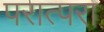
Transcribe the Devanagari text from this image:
परात्परा